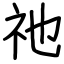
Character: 祂